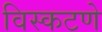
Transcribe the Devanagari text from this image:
विस्कटणे